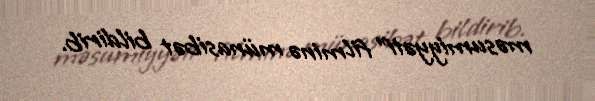
məsumiyyəti” filminə münasibət bildirib.